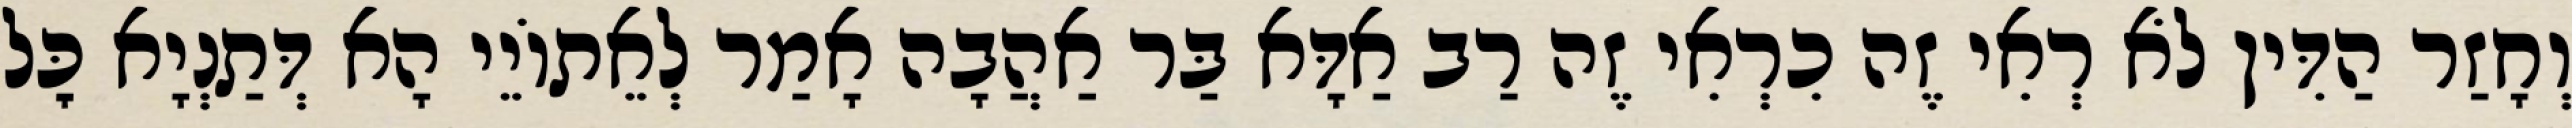
וְחָזַר הַדִּין לֹא רְאִי זֶה כִרְאִי זֶה רַב אַדָּא בַּר אַהֲבָה אָמַר לְאֵתוֹיֵי הָא דְּתַנְיָא כׇּל